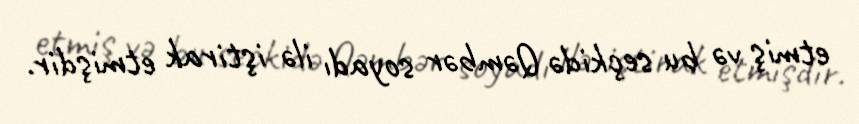
etmiş və bu seçkidə Qəmbər soyadı ilə iştirak etmişdir.